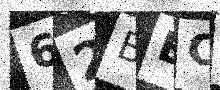
Text: 62BECN